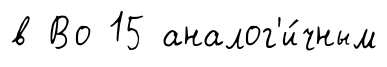
в Во 15 аналог'и́чным